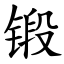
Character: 锻